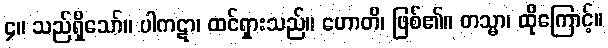
၄။ သည်ရှိသော်။ ပါကဋာ၊ ထင်ရှားသည်။ ဟောတိ၊ ဖြစ်၏။ တသ္မာ၊ ထိုကြောင့်။